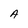
Character: A